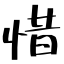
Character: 惜